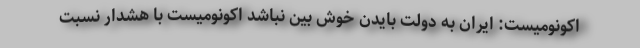
اکونومیست: ایران به دولت بایدن خوش بین نباشد اکونومیست با هشدار نسبت